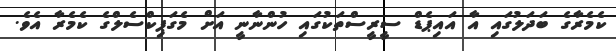
ކެމެރާގެ ބަދަލުގައި އާ އައިޕެޑް ސީރީސްތަކުގައި ހުންނާނީ އަށް މެގަޕިކްސެލްގެ ކެމެރާ އެވެ.